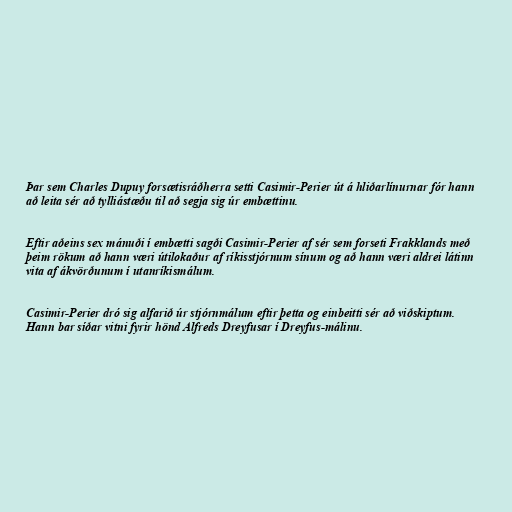
Þar sem Charles Dupuy forsætisráðherra setti Casimir-Perier út á hliðarlínurnar fór hann
að leita sér að tylliástæðu til að segja sig úr embættinu.

Eftir aðeins sex mánuði í embætti sagði Casimir-Perier af sér sem forseti Frakklands með
þeim rökum að hann væri útilokaður af ríkisstjórnum sínum og að hann væri aldrei látinn
vita af ákvörðunum í utanríkismálum.

Casimir-Perier dró sig alfarið úr stjórnmálum eftir þetta og einbeitti sér að viðskiptum.
Hann bar síðar vitni fyrir hönd Alfreds Dreyfusar í Dreyfus-málinu.